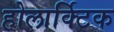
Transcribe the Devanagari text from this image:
होलार्क्टिक